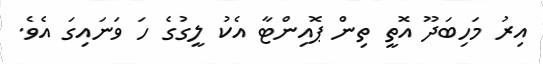
އިރު މަހިބަދޫ އޮތީ ތިން ޕޮއިންޓާ އެކު ލީގުގެ ހަ ވަނައިގަ އެވެ.